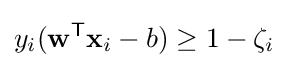
y_{i}(\mathbf {w} ^{\mathsf {T}}\mathbf {x} _{i}-b)\geq 1-\zeta _{i}